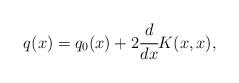
LaTeX: \begin{align*} q(x) = q_0(x) + 2 \cfrac{d}{dx} K(x, x),\end{align*}